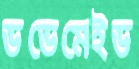
ডডেমেইড